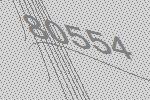
80554